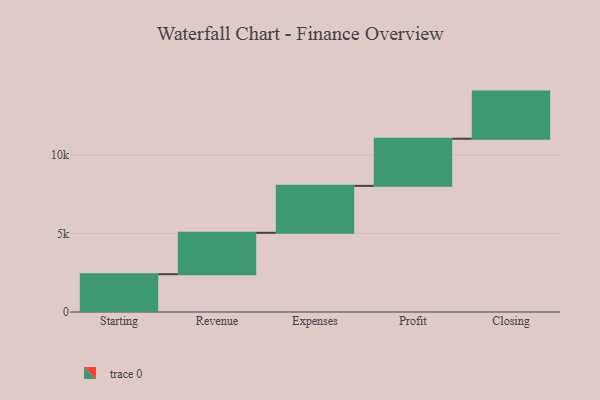
{"axis": {"x": "Step", "y": "Value"}, "legend": [""], "data": [{"x": "Starting", "y": 2405.0, "type": ""}, {"x": "Revenue", "y": 2634.0, "type": ""}, {"x": "Expenses", "y": 2991.0, "type": ""}, {"x": "Profit", "y": 3000, "type": ""}, {"x": "Closing", "y": 3000, "type": ""}]}